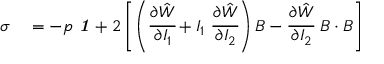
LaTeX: \begin{array} { r l } { { \boldsymbol { \sigma } } } & { { } = - p ~ { \boldsymbol { \mathit { 1 } } } + 2 \left[ \left( { \cfrac { \partial { \hat { W } } } { \partial I _ { 1 } } } + I _ { 1 } ~ { \cfrac { \partial { \hat { W } } } { \partial I _ { 2 } } } \right) { \boldsymbol { B } } - { \cfrac { \partial { \hat { W } } } { \partial I _ { 2 } } } ~ { \boldsymbol { B } } \cdot { \boldsymbol { B } } \right] } \end{array}